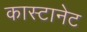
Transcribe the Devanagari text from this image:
कास्टानेट